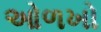
ઓળખો